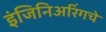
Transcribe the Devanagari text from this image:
इंजिनिअरिंगचे